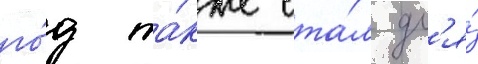
го́д та́кже ста́л дл'я́